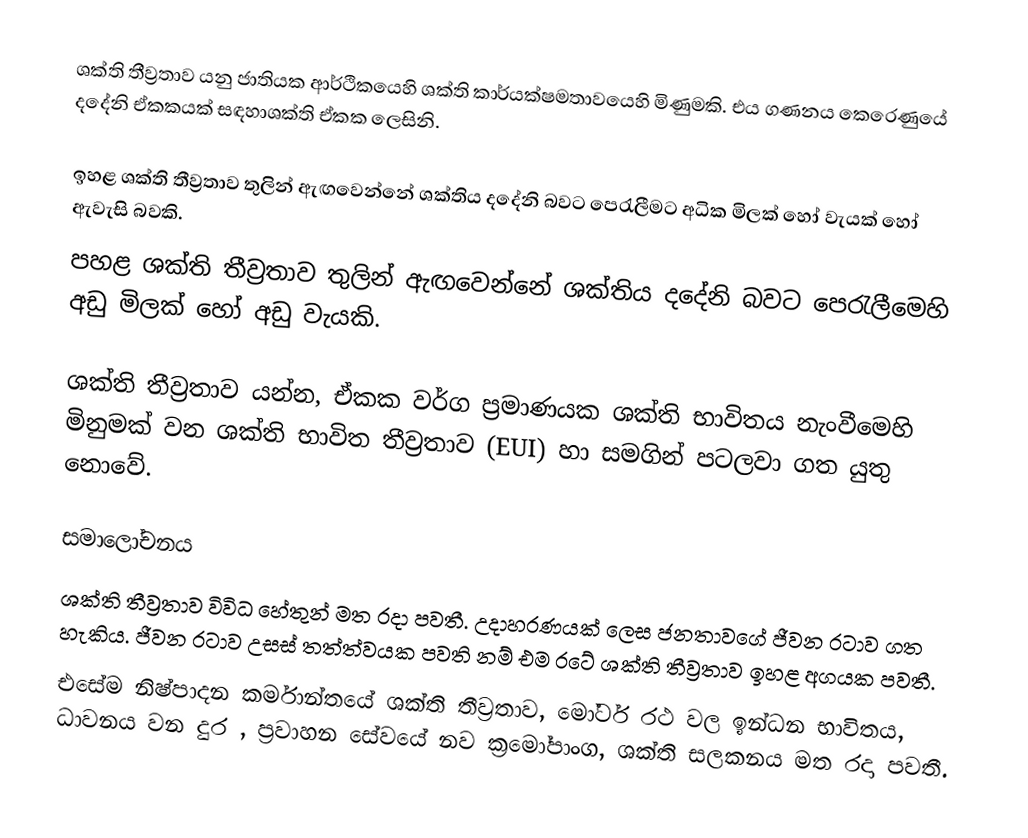
ශක්ති තීව්‍රතාව යනු ජාතියක ආර්ථිකයෙහි ශක්ති කාර්යක්ෂමතාවයෙහි  මිණුමකි. එය ගණනය කෙරෙණුයේ දදේනි ඒකකයක් සඳහාශක්ති ඒකක ලෙසිනි.

 ඉහළ ශක්ති තීව්‍රතාව තුලින් ඇඟවෙන්නේ ශක්තිය දදේනි බවට පෙරැලීමට අධික මිලක් හෝ වැයක් හෝ ඇවැසි බවකි.
 පහළ ශක්ති තීව්‍රතාව තුලින් ඇඟවෙන්නේ ශක්තිය දදේනි බවට පෙරැලීමෙහි අඩු මිලක් හෝ අඩු වැයකි.

ශක්ති තීව්‍රතාව යන්න, ඒකක වර්ග ප්‍රමාණයක ශක්ති භාවිතය නැංවීමෙහි මිනුමක් වන ශක්ති භාවිත තීව්‍රතාව (EUI) හා සමගින් පටලවා ගත යුතු නොවේ.

සමාලෝචනය
ශක්ති තීව්‍රතාව විවිධ හේතුන් මත රදා පවතී. උදාහරණයක් ලෙස ජනතාවගේ ජීවන රටාව ගත හැකිය. ජීවන රටාව උසස් තත්ත්වයක පවති නම් එම රටේ ශක්ති තීව්‍රතාව ඉහළ අගයක පවතී.
එසේම නිෂ්පාදන කර්මාන්තයේ ශක්ති තීව්‍රතාව, මෝටර් රථ වල ඉන්ධන භාවිතය, ධාවනය වන දුර , ප්‍රවාහන සේවයේ නව ක්‍රමෝපාංග, ශක්ති සලකනය  මත රදා පවතී.